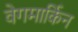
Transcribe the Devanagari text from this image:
वेगमार्किन